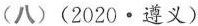
(八)(2020·遵义)